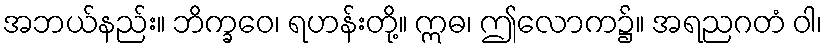
အဘယ်နည်း။ ဘိက္ခဝေ၊ ရဟန်းတို့။ ဣဓ၊ ဤလောက၌။ အရညဂတံ ဝါ၊